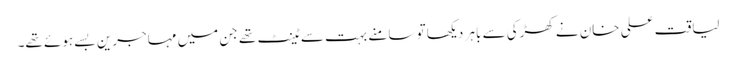
لیاقت علی خان نے کھڑکی سے باہر دیکھا تو سامنے بہت سے ٹینٹ تھے جن میں مہاجرین بسے ہوئے تھے۔